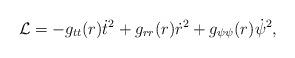
LaTeX: \begin{align*} {\cal L}= -g_{tt}(r)\dot{t}^2 +g_{rr}(r) \dot{r}^2 + g_{\psi\psi}(r) \dot{\psi}^2,\end{align*}